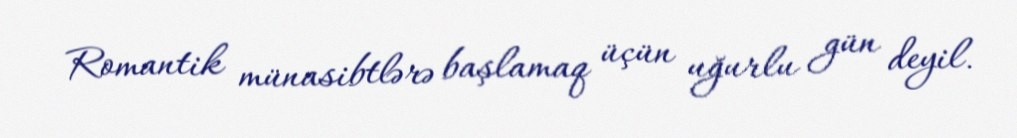
Romantik münasibtlərə başlamaq üçün uğurlu gün deyil.